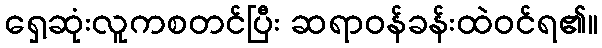
ရှေ့ဆုံးလူကစတင်ပြီး ဆရာဝန်ခန်းထဲဝင်ရ၏။